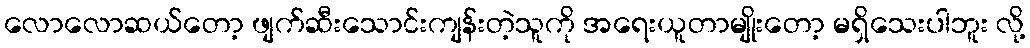
လောလောဆယ်တော့ ဖျက်ဆီးသောင်းကျန်းတဲ့သူကို အရေးယူတာမျိုးတော့ မရှိသေးပါဘူး လို့